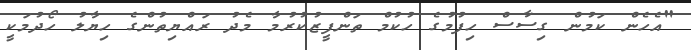
"އެހެން ކަމުން ގިސާސް ހިފުމުގެ ހުކުމް ތަންފީޒުކުރުމާ މެދު ރައްޔިތުންގެ ހިޔާލު ހޯދުމަކީ